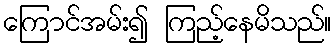
ကြောင်အမ်း၍ ကြည့်နေမိသည်။